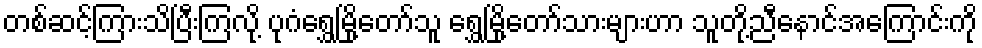
တစ်ဆင့်ကြားသိပြီးကြလို့ ပုဂံရွှေမြို့တော်သူ ရွှေမြို့တော်သားများဟာ သူတို့ညီနောင်အကြောင်းကို